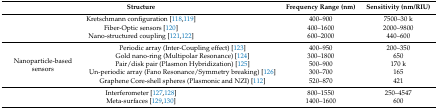
<table><thead><tr><td colspan="2"><b>Structure</b></td><td><b>Frequency Range (nm)</b></td><td><b>Sensitivity (nm/RIU)</b></td></tr></thead><tbody><tr><td colspan="2">Kretschmann configuration [118,119]</td><td>400–900</td><td>7500–30 k</td></tr><tr><td colspan="2">Fiber-Optic sensors [120]</td><td>400–1600</td><td>2000–9800</td></tr><tr><td colspan="2">Nano-structured coupling [121,122]</td><td>600–2000</td><td>440–600</td></tr><tr><td rowspan="5">Nanoparticle-based sensors</td><td>Periodic array (Inter-Coupling effect) [123]</td><td>400–950</td><td>200–350</td></tr><tr><td>Gold nano-ring (Multipolar Resonance) [124]</td><td>300–1800</td><td>650</td></tr><tr><td>Pair/disk pair (Plasmon Hybridization) [125]</td><td>500–900</td><td>170 k</td></tr><tr><td>Un-periodic array (Fano Resonance/Symmetry breaking) [126]</td><td>300–700</td><td>165</td></tr><tr><td>Graphene Core-shell spheres (Plasmonic and NZI) [112]</td><td>520–870</td><td>421</td></tr><tr><td colspan="2">Interferometer [127,128]</td><td>800–1550</td><td>250–4547</td></tr><tr><td colspan="2">Meta-surfaces [129,130]</td><td>1400–1600</td><td>600</td></tr></tbody></table>